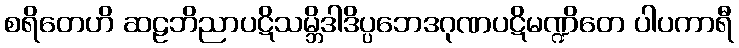
စရိတေဟိ ဆဠဘိညာပဋိသမ္ဘိဒါဒိပ္ပဘေဒဂုဏပဋိမဏ္ဍိတေ ပါပကာရီ